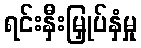
ရင်းနှီးမြှုပ်နှံမှု